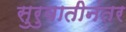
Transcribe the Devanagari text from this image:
सुरुवातीनंतर